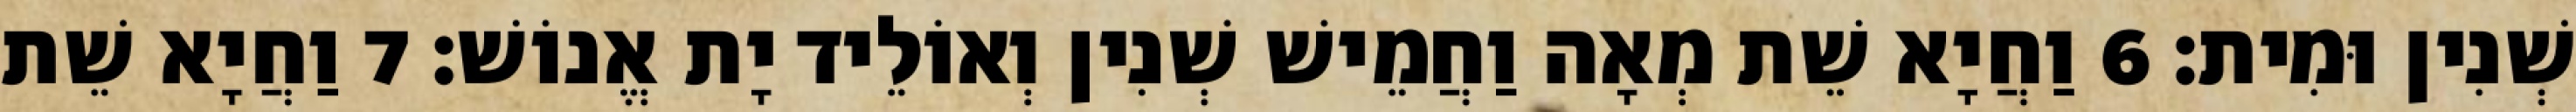
שְׁנִין וּמִית׃ 6 וַחֲיָא שֵׁת מְאָה וַחֲמֵישׁ שְׁנִין וְאוֹלֵיד יָת אֱנוֹשׁ׃ 7 וַחֲיָא שֵׁת